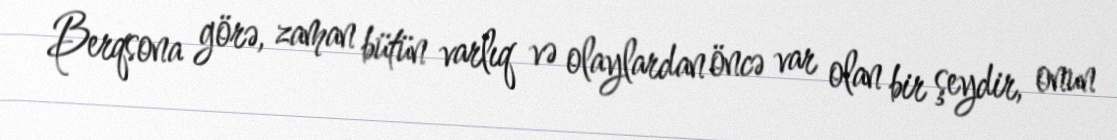
Berqsona görə, zaman bütün varlıq və olaylardan öncə var olan bir şeydir, onun